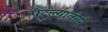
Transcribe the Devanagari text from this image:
पेटल्यानंतर